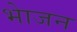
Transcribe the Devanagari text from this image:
भाेजन